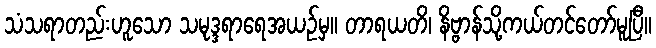
သံသရာတည်းဟူသော သမုဒ္ဒရာရေအယဉ်မှ။ တာရယတိ၊ နိဗ္ဗာန်သို့ကယ်တင်တော်မူပြီ။